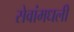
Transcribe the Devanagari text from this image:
सेवांमधली